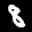
Digit: 8